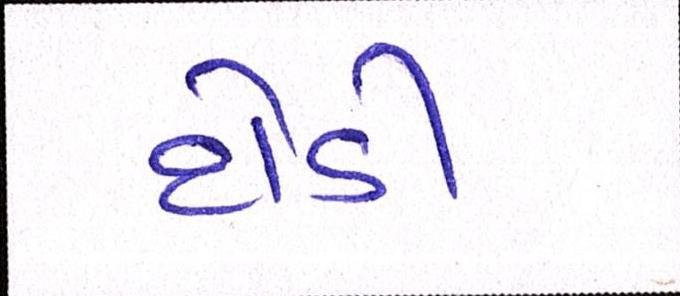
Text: દોડી